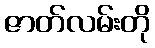
ဇာတ်လမ်းတို